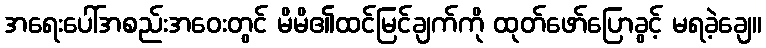
အရေးပေါ်အစည်းအဝေးတွင် မိမိ၏ထင်မြင်ချက်ကို ထုတ်ဖော်ပြောခွင့် မရခဲ့ချေ။